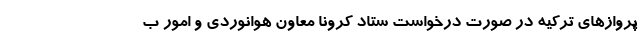
پروازهای ترکیه در صورت درخواست ستاد کرونا معاون هوانوردی و امور ب